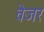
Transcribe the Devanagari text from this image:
वेजर